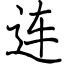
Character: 连